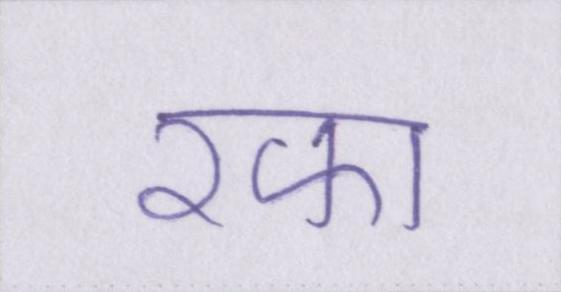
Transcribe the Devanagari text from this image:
रफा